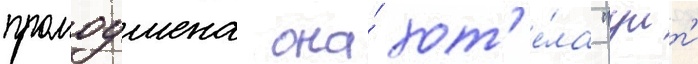
промоушена она́ хот'е́ла "уит'и